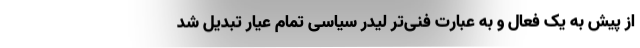
از پیش به یک فعال و به عبارت فنی‌تر لیدر سیاسی تمام عیار تبدیل شد